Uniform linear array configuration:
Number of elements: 64
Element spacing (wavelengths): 0.75
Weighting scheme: hamming
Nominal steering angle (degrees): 0
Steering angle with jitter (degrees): -0.167
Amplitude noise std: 0.05
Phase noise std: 0.05

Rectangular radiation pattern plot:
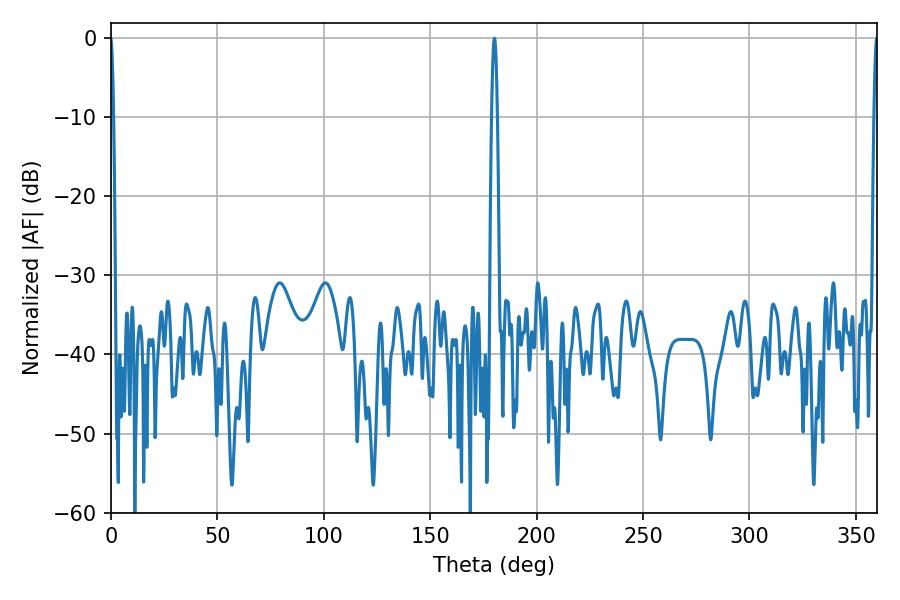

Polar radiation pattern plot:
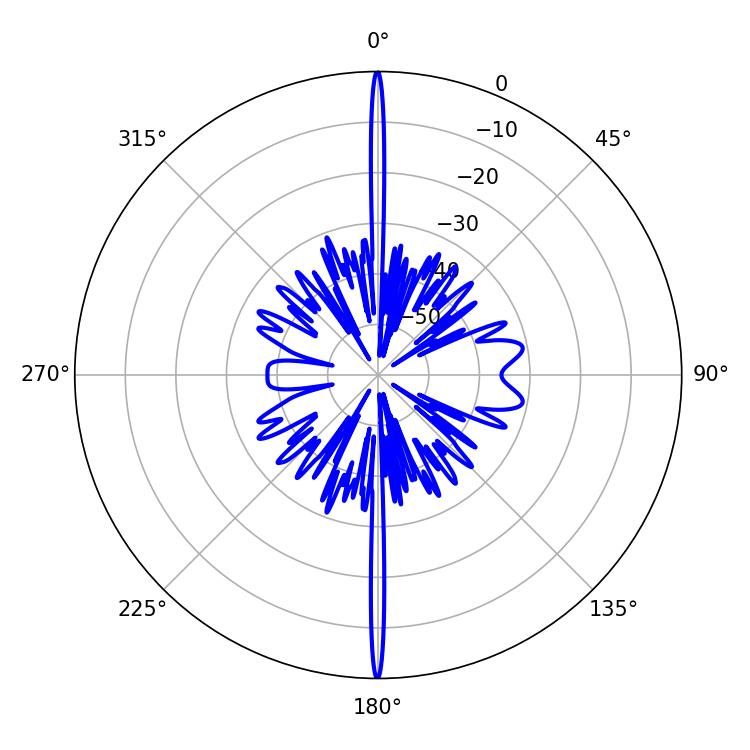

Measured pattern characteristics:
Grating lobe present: TRUE
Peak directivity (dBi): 52.542
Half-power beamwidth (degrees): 0.9
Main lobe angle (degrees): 359.82